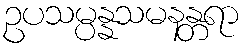
ဥပသမ္ပန္နသမနန္တရာ